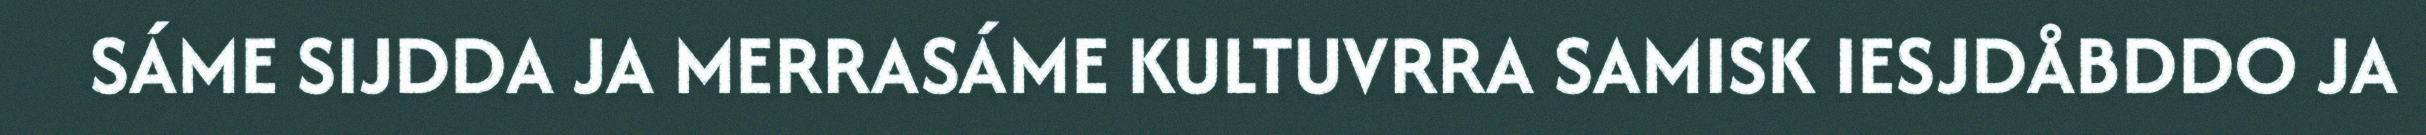
SÁME SIJDDA JA MERRASÁME KULTUVRRA SAMISK IESJDÅBDDO JA